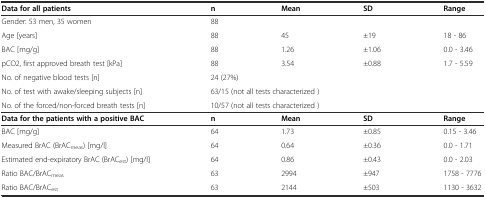
<table><thead><tr><td><b>Data for all patients</b></td><td><b>n</b></td><td><b>Mean</b></td><td><b>SD</b></td><td><b>Range</b></td></tr></thead><tbody><tr><td>Gender: 53 men, 35 women</td><td>88</td><td></td><td></td><td></td></tr><tr><td>Age [years]</td><td>88</td><td>45</td><td>±19</td><td>18 - 86</td></tr><tr><td>BAC [mg/g]</td><td>88</td><td>1.26</td><td>±1.06</td><td>0.0 - 3.46</td></tr><tr><td>pCO2, first approved breath test [kPa]</td><td>88</td><td>3.54</td><td>±0.88</td><td>1.7 - 5.59</td></tr><tr><td>No. of negative blood tests [n]</td><td colspan="4">24 (27%)</td></tr><tr><td>No. of test with awake/sleeping subjects [n]</td><td colspan="4">63/15 (not all tests characterized )</td></tr><tr><td>No. of the forced/non-forced breath tests [n]</td><td colspan="4">10/57 (not all tests characterized )</td></tr><tr><td><b>Data for the patients with a positive BAC</b></td><td><b>n</b></td><td><b>Mean</b></td><td><b>SD</b></td><td><b>Range</b></td></tr><tr><td>BAC [mg/g]</td><td>64</td><td>1.73</td><td>±0.85</td><td>0.15 - 3.46</td></tr><tr><td>Measured BrAC (BrAC<sub>meas</sub>) [mg/l]</td><td>64</td><td>0.64</td><td>±0.36</td><td>0.0 - 1.71</td></tr><tr><td>Estimated end-expiratory BrAC (BrAC<sub>est</sub>) [mg/l]</td><td>64</td><td>0.86</td><td>±0.43</td><td>0.0 - 2.03</td></tr><tr><td>Ratio BAC/BrAC<sub>meas</sub></td><td>63</td><td>2994</td><td>±947</td><td>1758 - 7776</td></tr><tr><td>Ratio BAC/BrAC<sub>est</sub></td><td>63</td><td>2144</td><td>±503</td><td>1130 - 3632</td></tr></tbody></table>